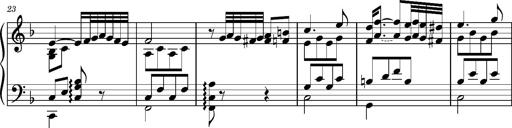
Title: Ungarischer Romanzero
Composer: Franz Liszt